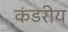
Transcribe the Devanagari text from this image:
कंडरीय